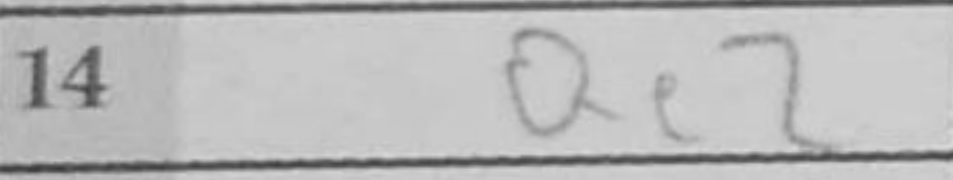
Transcription: Qe2